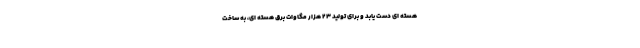
هسته ای دست یابد و برای تولید ۲۳ هزار مگاوات برق هسته ای، به ساخت